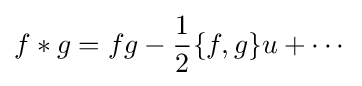
f*g=fg-{\frac {1}{2}}\{f,g\}u+\cdots